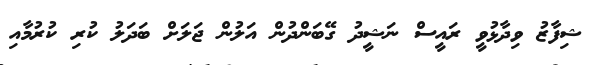
ޝިފާޒު ވިދާޅުވީ ރައީސް ނަޝީދު ގޭބަންދުން އަލުން ޖަލަށް ބަދަލު ކުރި ކުރުމާއި